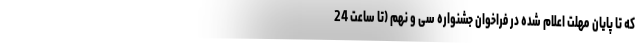
که تا پایان مهلت اعلام شده در فراخوان جشنواره سی و نهم (تا ساعت 24